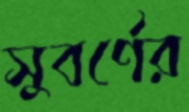
সুবর্ণের